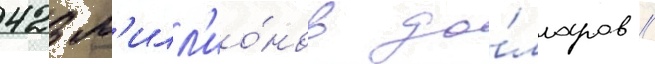
423 м'илл'ио́нов до́лларов //